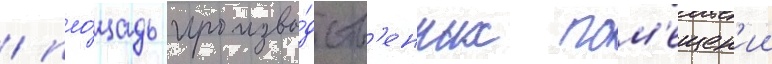
/ пло́щадь произво́дств'енных пом'ещен'ии